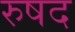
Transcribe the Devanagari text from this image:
रुषद